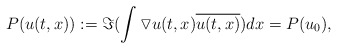
\begin{align*}P(u(t,x)):=\Im(\int \triangledown u(t,x) \overline{u(t,x)})dx=P(u_{0}),\end{align*}